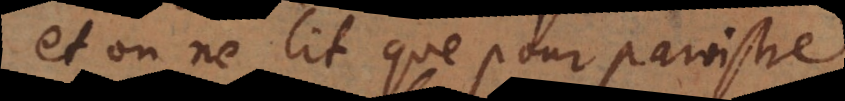
et on ne lit que pour paroistre